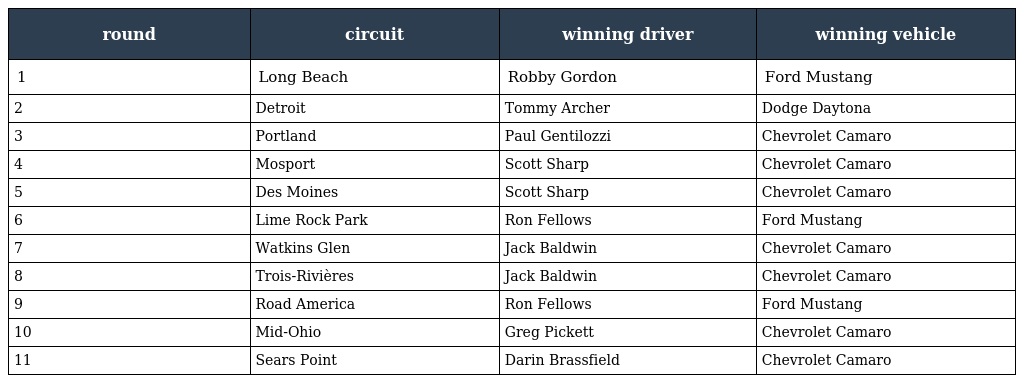
| round | circuit | winning driver | winning vehicle |
 | --- | --- | --- | --- |
 | 1 | Long Beach | Robby Gordon | Ford Mustang |
 | 2 | Detroit | Tommy Archer | Dodge Daytona |
 | 3 | Portland | Paul Gentilozzi | Chevrolet Camaro |
 | 4 | Mosport | Scott Sharp | Chevrolet Camaro |
 | 5 | Des Moines | Scott Sharp | Chevrolet Camaro |
 | 6 | Lime Rock Park | Ron Fellows | Ford Mustang |
 | 7 | Watkins Glen | Jack Baldwin | Chevrolet Camaro |
 | 8 | Trois-Rivières | Jack Baldwin | Chevrolet Camaro |
 | 9 | Road America | Ron Fellows | Ford Mustang |
 | 10 | Mid-Ohio | Greg Pickett | Chevrolet Camaro |
 | 11 | Sears Point | Darin Brassfield | Chevrolet Camaro |